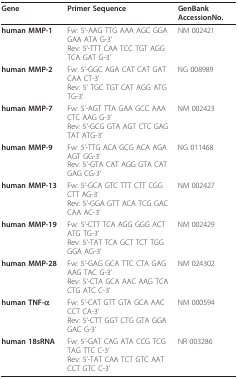
<table><thead><tr><td><b>Gene</b></td><td><b>Primer Sequence</b></td><td><b>GenBankAccessionNo.</b></td></tr></thead><tbody><tr><td><b>human MMP-1</b></td><td>Fw: 5&#x27;-AAG TTG AAA AGC GGA GAA ATA G-3&#x27;Rev: 5&#x27;-TTT CAA TCC TGT AGG TCA GAT G-3&#x27;</td><td>NM 002421</td></tr><tr><td><b>human MMP-2</b></td><td>Fw: 5&#x27;-GGC AGA CAT CAT GAT CAA CT-3&#x27;Rev: 5&#x27; TGC TGT CAT AGG ATG TG-3&#x27;</td><td>NG 008989</td></tr><tr><td><b>human MMP-7</b></td><td>Fw: 5&#x27;-AGT TTA GAA GCC AAA CTC AAG G-3&#x27;Rev: 5&#x27;-GCG GTA AGT CTC GAG TAT ATG-3&#x27;</td><td>NM 002423</td></tr><tr><td><b>human MMP-9</b></td><td>Fw: 5&#x27;-TTG ACA GCG ACA AGA AGT GG-3&#x27;Rev: 5&#x27;-GTA CAT AGG GTA CAT GAG CG-3&#x27;</td><td>NG 011468</td></tr><tr><td><b>human MMP-13</b></td><td>Fw: 5&#x27;-GCA GTC TTT CTT CGG CTT AG-3&#x27;Rev: 5&#x27;-GGA GTT ACA TCG GAC CAA AC-3&#x27;</td><td>NM 002427</td></tr><tr><td><b>human MMP-19</b></td><td>Fw: 5&#x27;-CTT TCA AGG GGG ACT ATG TG-3&#x27;Rev: 5&#x27;-TAT TCA GCT TCT TGG GGA AG-3&#x27;</td><td>NM 002429</td></tr><tr><td><b>human MMP-28</b></td><td>Fw: 5&#x27;-GAG GCA TTC CTA GAG AAG TAC G-3&#x27;Rev: 5&#x27;-CTA GCA AAC AAG TCA CTG ATC C-3&#x27;</td><td>NM 024302</td></tr><tr><td><b>human TNF-α</b></td><td>Fw: 5&#x27;-CAT GTT GTA GCA AAC CCT CA-3&#x27;Rev: 5&#x27;-CTT GGT CTG GTA GGA GAC G-3&#x27;</td><td>NM 000594</td></tr><tr><td><b>human 18sRNA</b></td><td>Fw: 5&#x27;-GAT CAG ATA CCG TCG TAG TTC C-3&#x27;Rev: 5&#x27;-TAT CAA TCT GTC AAT CCT GTC C-3&#x27;</td><td>NR 003286</td></tr></tbody></table>